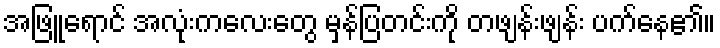
အဖြူရောင် အလုံးကလေးတွေ မှန်ပြတင်းကို တဖျန်းဖျန်း ပက်နေ၏။